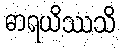
ဓာရယိဿသိ